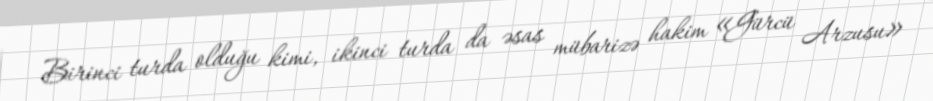
Birinci turda olduğu kimi, ikinci turda da əsas mübarizə hakim «Gürcü Arzusu»